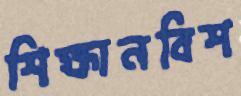
শিক্ষানবিশ